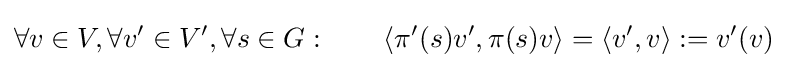
\forall v\in V,\forall v'\in V',\forall s\in G:\qquad \left\langle \pi '(s)v',\pi (s)v\right\rangle =\langle v',v\rangle :=v'(v)